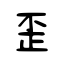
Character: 歪